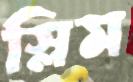
স্লিম